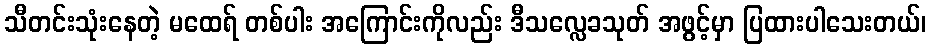
သီတင်းသုံးနေတဲ့ မထေရ် တစ်ပါး အကြောင်းကိုလည်း ဒီသလ္လေခသုတ် အဖွင့်မှာ ပြထားပါသေးတယ်၊